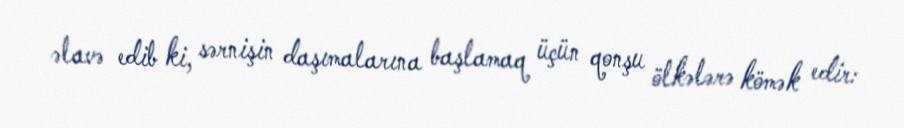
əlavə edib ki, sərnişin daşımalarına başlamaq üçün qonşu ölkələrə kömək edir: